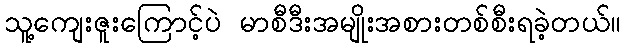
သူ့ကျေးဇူးကြောင့်ပဲ မာစီဒီးအမျိုးအစားတစ်စီးရခဲ့တယ်။